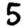
Digit: 5